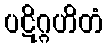
ပဋိဂ္ဂဟိတံ